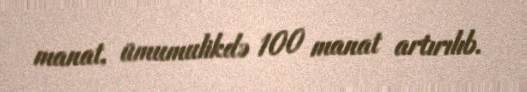
manat, ümumulikdə 100 manat artırılıb.